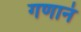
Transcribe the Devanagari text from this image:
गणानं